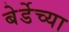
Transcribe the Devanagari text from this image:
बेर्डेच्या